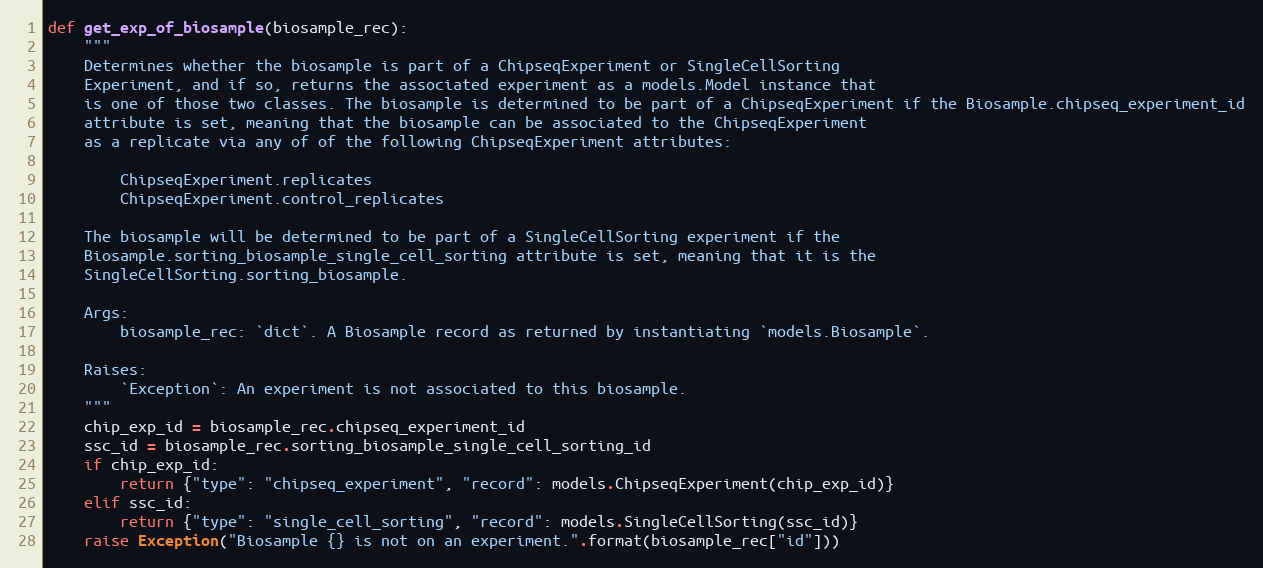
Language: Python
def get_exp_of_biosample(biosample_rec):
    """
    Determines whether the biosample is part of a ChipseqExperiment or SingleCellSorting
    Experiment, and if so, returns the associated experiment as a models.Model instance that
    is one of those two classes. The biosample is determined to be part of a ChipseqExperiment if the Biosample.chipseq_experiment_id
    attribute is set, meaning that the biosample can be associated to the ChipseqExperiment
    as a replicate via any of of the following ChipseqExperiment attributes:

        ChipseqExperiment.replicates
        ChipseqExperiment.control_replicates

    The biosample will be determined to be part of a SingleCellSorting experiment if the
    Biosample.sorting_biosample_single_cell_sorting attribute is set, meaning that it is the
    SingleCellSorting.sorting_biosample.

    Args:
        biosample_rec: `dict`. A Biosample record as returned by instantiating `models.Biosample`.

    Raises:
        `Exception`: An experiment is not associated to this biosample.
    """
    chip_exp_id = biosample_rec.chipseq_experiment_id
    ssc_id = biosample_rec.sorting_biosample_single_cell_sorting_id
    if chip_exp_id:
        return {"type": "chipseq_experiment", "record": models.ChipseqExperiment(chip_exp_id)}
    elif ssc_id:
        return {"type": "single_cell_sorting", "record": models.SingleCellSorting(ssc_id)}
    raise Exception("Biosample {} is not on an experiment.".format(biosample_rec["id"]))